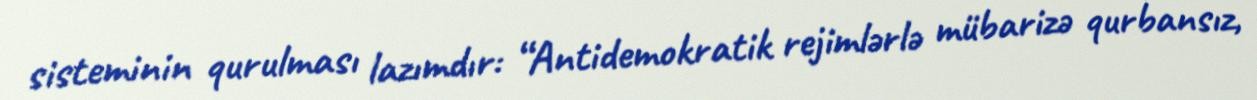
sisteminin qurulması lazımdır: “Antidemokratik rejimlərlə mübarizə qurbansız,